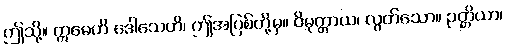
ဤသို့။ ဣမေဟိ ဒေါသေဟိ၊ ဤအပြစ်တို့မှ။ ဝိမုတ္တာယ၊ လွတ်သော။ ဉတ္တိယာ၊